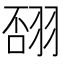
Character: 𦐸